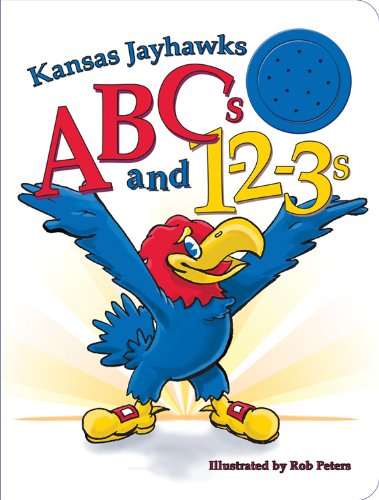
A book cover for Kansas Jayhawks ABCs and 1-2-3s; Ascend Books; Children's Books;